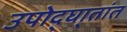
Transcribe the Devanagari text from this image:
उपोद्‌घा्तांत